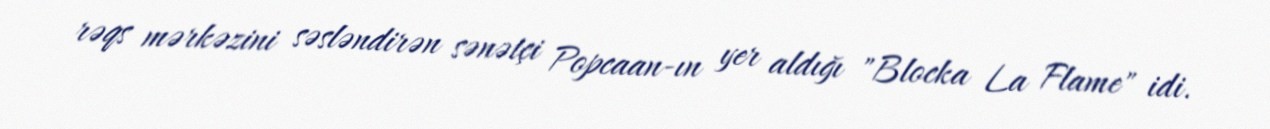
rəqs mərkəzini səsləndirən sənətçi Popcaan-ın yer aldığı "Blocka La Flame" idi.